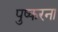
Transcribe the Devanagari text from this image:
पुष्करना